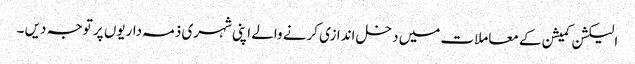
الیکشن کمیشن کے معاملات میں دخل اندازی کرنے والے اپنی شہری ذمہ داریوں پر توجہ دیں ۔